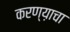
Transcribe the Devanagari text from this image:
करण्य़ाचा